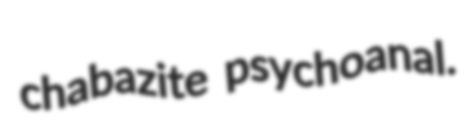
chabazite psychoanal.